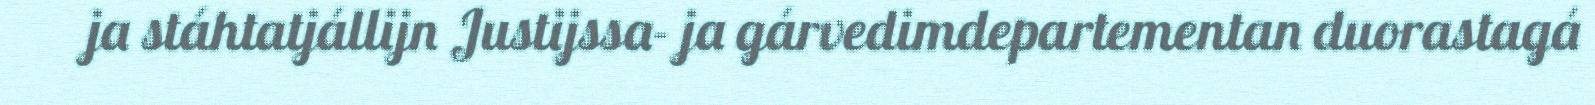
ja stáhtatjállijn Justijssa- ja gárvedimdepartementan duorastagá